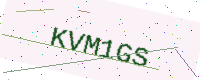
Text: KVM1GS